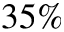
3 5 \%